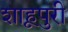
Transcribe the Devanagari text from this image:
शाहूपुरी